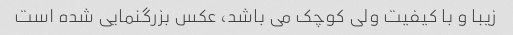
زیبا و با کیفیت ولی کوچک می باشد، عکس بزرگنمایی شده است